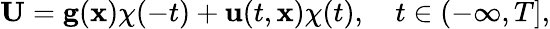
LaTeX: {\mathbf U}={\mathbf g}({\mathbf x})\chi(-t)+{\mathbf u}(t,{\mathbf x})\chi(t),\quad t\in(-\infty,T],